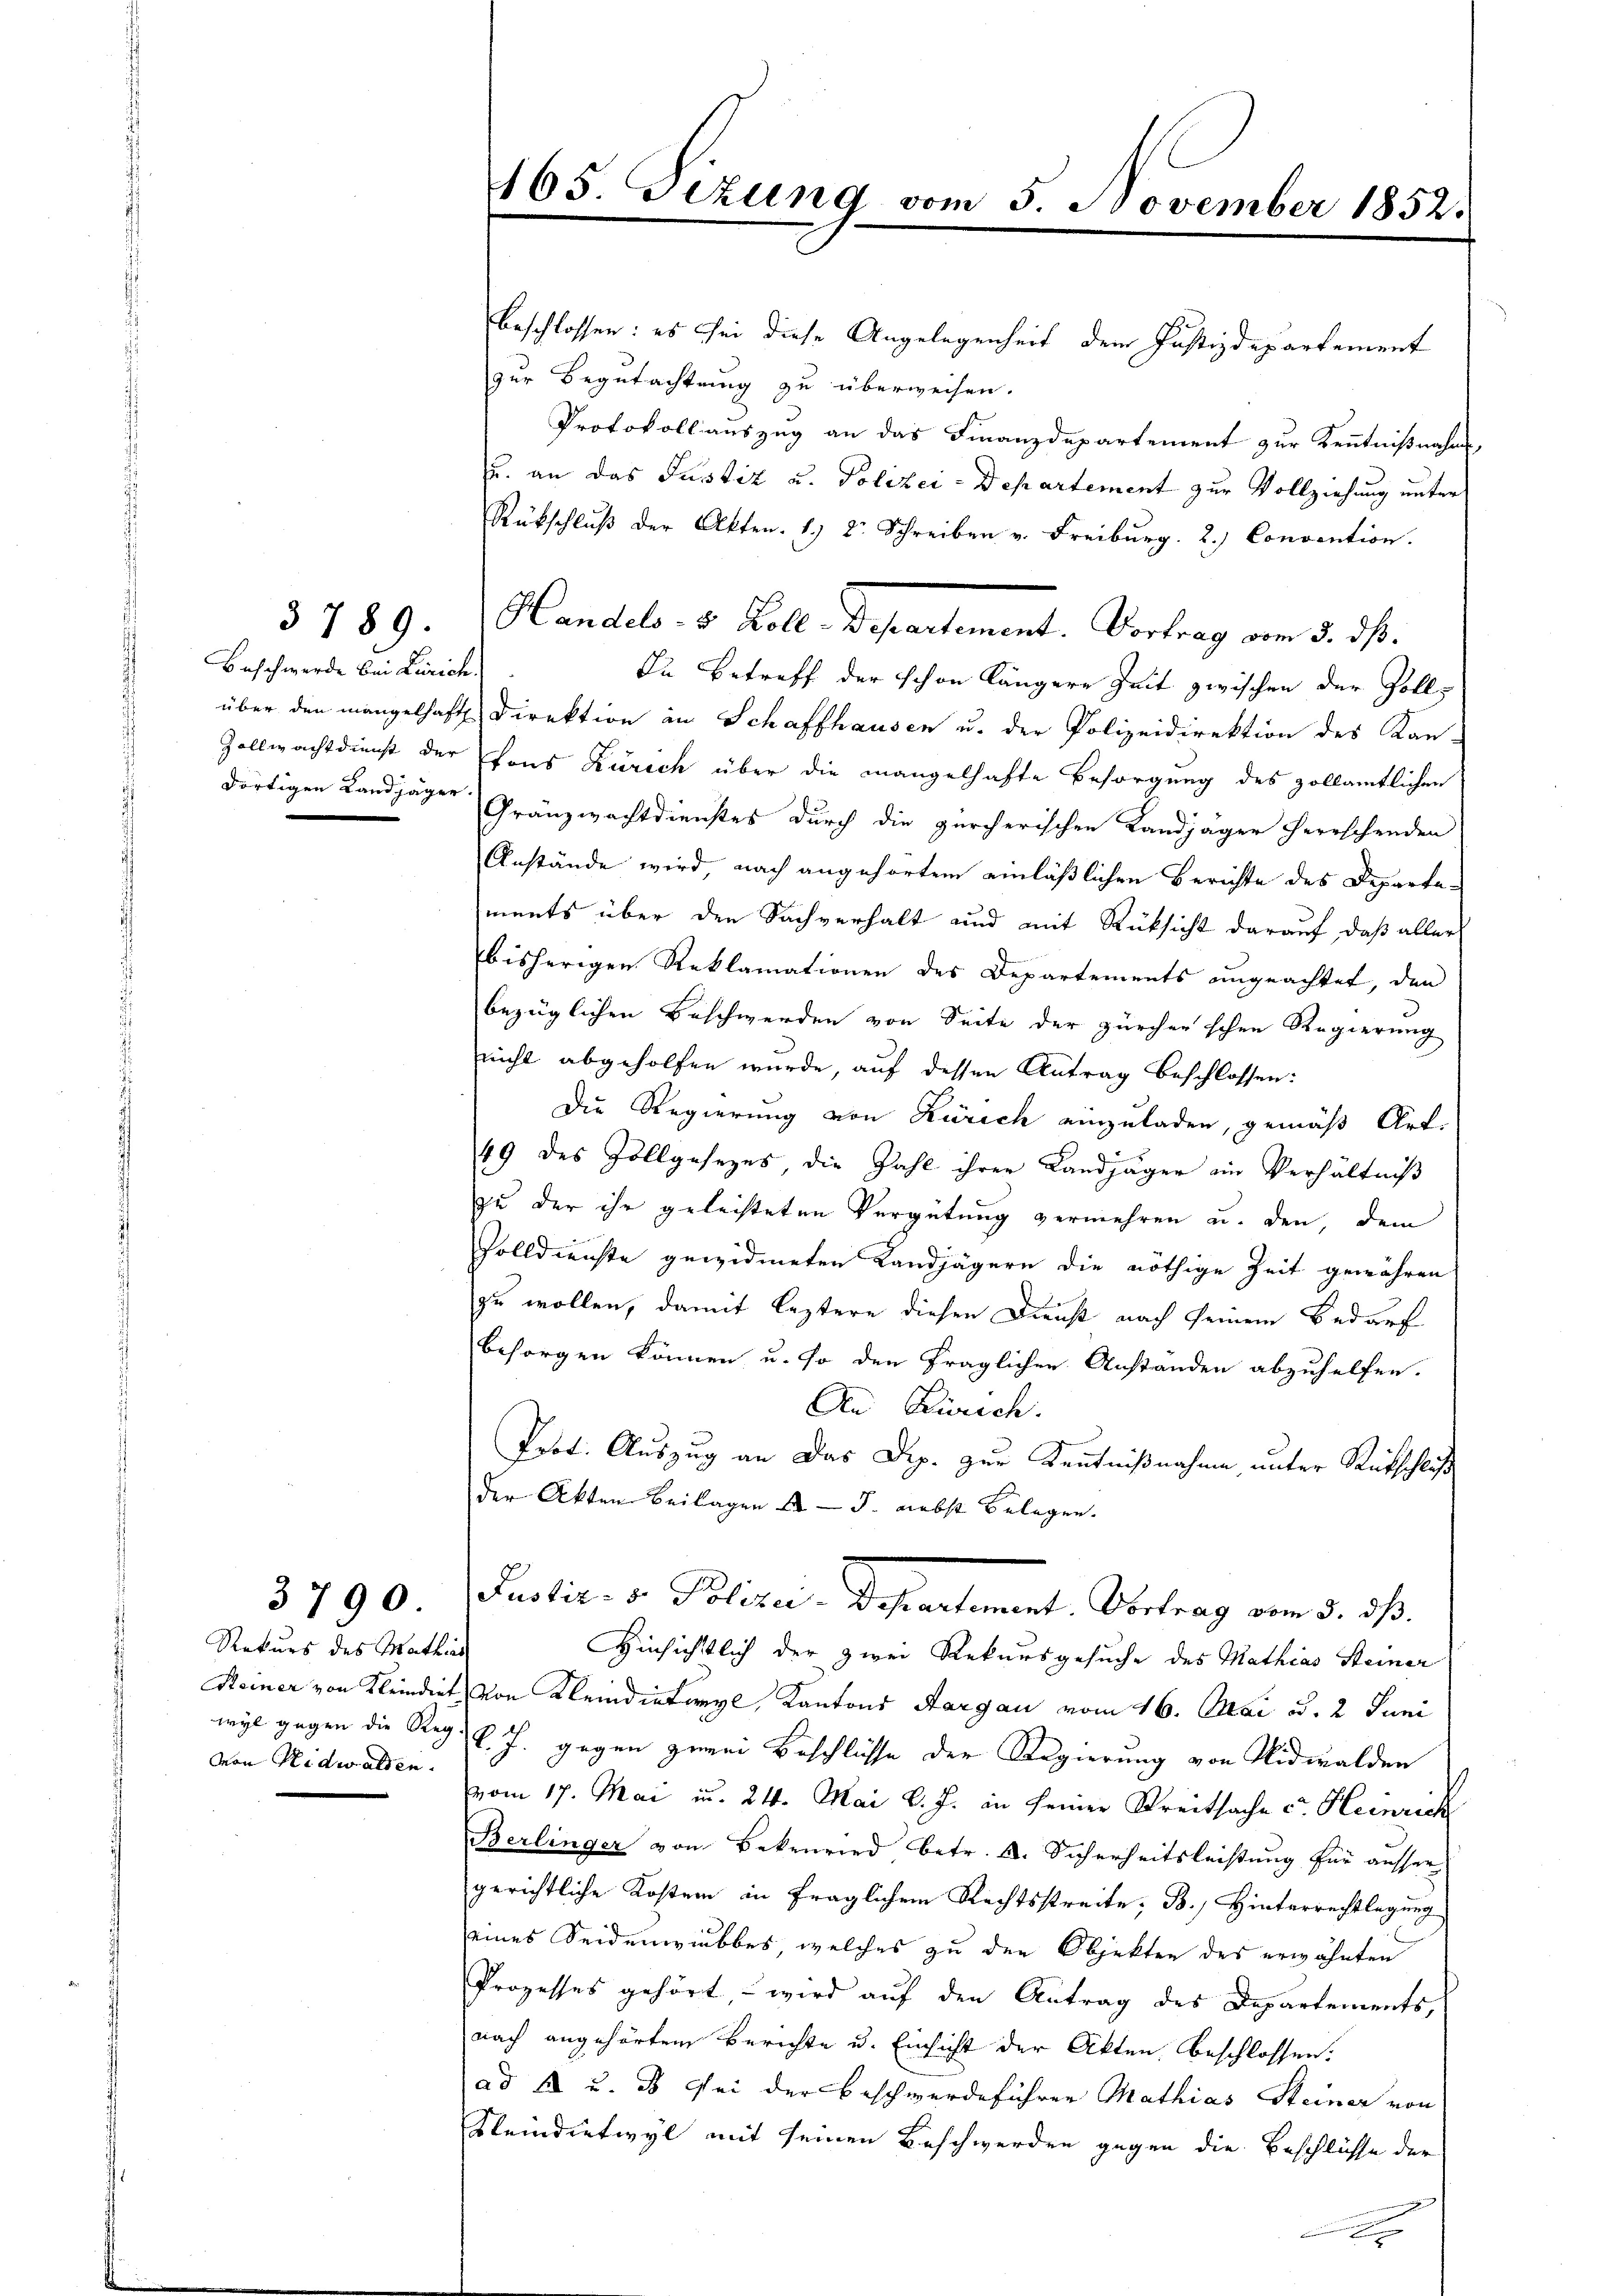
Baschwerde bei Zürich
dortigen Landjäger

3789.

Rekurs des Mathias
von Nidwalden.

3790

465. Tizung vom 5. November 1852.

beschlossen: es sei diese Angelegenheit dem Justizdepartement
zur Begutachtung zu überweisen.
Protokoll auszug an das Finanzdepartement zur Kenntnißnahme
u. an das Justiz u. Polizei-Departement zur Vollziehung unter
Rückschlŭβ der Akten. 1.) Dr. Schreiben v. Freiburg. 2.) Convention.
In Betreff der schon längere Zeit zwischen der Zolls
über den mangelhaft Direktion in Schaffhausen u. der Polizeidirektion des Kan-
Zollwachtdienst der Tons Zürich über die mangelhafte Besorgung des zollamtlichen
Gränzwachtdienstes durch die zürcherischen Landjäger herrschenden
Anstände wird, nach angehörtem einläßlichen Berichte des Departements über den Sachverhalt und mit Rücksicht darauf, daß aller
bisherigen Reklamationen des Departements ungeachtet, den
bezüglichen Beschwerden von Seite der zürcher schen Regierung
nicht abgeholfen wurde, auf dessen Antrag beschlossen:
Die Regierung von Zürich einzuladen, gemäß Art.
49 des Zollgesezes, die Zahl ihrer Landjäger ein Verhältniß
zu der ihr geleisteten Vergütung vermehren u. den, dem
Zolldienste gewidmeten Landjägern die nöthige Zeit gewähren
zu wollen, damit leztere diesen Dienst nach seinem Bedarf
besorgen können u. so den fraglichen Anständen abzuhelfen.
An Zürich.
Prot. Auszug an das Dip. zur Kenntnißnahme unter Rückschluß
der Akten Beilagen 4 - 5. nebst belegen.
Puolib. v. Polizei-Departement. Obertrag vom 3. ds.
Hinsichtlich der zwei Rekursgesuche des Mathias Steiner
Reiner von Kleindirt von Kleindietwyl, Kantons Aargau vom 16. Mai d. 2. Juni
wyl gegen die Reg. v. J. gegen zwei Beschlüsse der Regierung von Nidwalden
vom 17. Mai u. 24. Mai l. J. in seiner Streitsache cr. Heinrich
Berlinger von Bekenried betr. A. Sicherheitsleistung für ausser
gerichtliche Kosten in fraglichem Rechtsstreite; B., Hinterrechtlegung
eines Seidenwiubbes, welches zu den Objekten des erwähnten
Prozesses gehört – wird auf den Antrag des Departements,
nach angehörtem Berichte u. Einsicht der Akten beschlossen.
ad A u. 3 bei der Beschwerdeführen Mathias Steiner von
Keindietwyl mit seinen Beschwerden gegen die Beschlüsse der

Handels- 3 Boll Departement. Vortrag vom 5. dß.